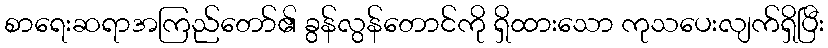
စာရေးဆရာအကြည်တော်၏ ခွန်လွန်တောင်ကို ရှိထားသော ကုသပေးလျက်ရှိပြီး